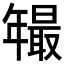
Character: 𱝂